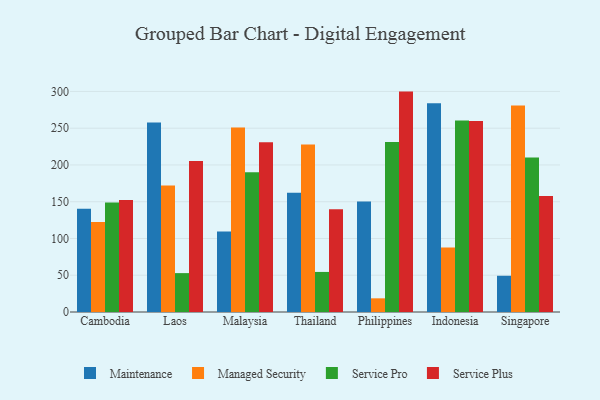
{"axis": {"x": "Country", "y": "Market Share (%)"}, "legend": ["Maintenance", "Managed Security", "Service Plus", "Service Pro"], "data": [{"x": "Cambodia", "y": 140.6, "type": "Maintenance"}, {"x": "Cambodia", "y": 122.4, "type": "Managed Security"}, {"x": "Cambodia", "y": 149.1, "type": "Service Pro"}, {"x": "Cambodia", "y": 152.5, "type": "Service Plus"}, {"x": "Laos", "y": 257.9, "type": "Maintenance"}, {"x": "Laos", "y": 172.1, "type": "Managed Security"}, {"x": "Laos", "y": 52.9, "type": "Service Pro"}, {"x": "Laos", "y": 205.3, "type": "Service Plus"}, {"x": "Malaysia", "y": 109.6, "type": "Maintenance"}, {"x": "Malaysia", "y": 250.9, "type": "Managed Security"}, {"x": "Malaysia", "y": 190.0, "type": "Service Pro"}, {"x": "Malaysia", "y": 230.8, "type": "Service Plus"}, {"x": "Thailand", "y": 162.1, "type": "Maintenance"}, {"x": "Thailand", "y": 227.7, "type": "Managed Security"}, {"x": "Thailand", "y": 54.5, "type": "Service Pro"}, {"x": "Thailand", "y": 139.8, "type": "Service Plus"}, {"x": "Philippines", "y": 150.3, "type": "Maintenance"}, {"x": "Philippines", "y": 18.6, "type": "Managed Security"}, {"x": "Philippines", "y": 231.4, "type": "Service Pro"}, {"x": "Philippines", "y": 299.8, "type": "Service Plus"}, {"x": "Indonesia", "y": 284.1, "type": "Maintenance"}, {"x": "Indonesia", "y": 87.9, "type": "Managed Security"}, {"x": "Indonesia", "y": 260.5, "type": "Service Pro"}, {"x": "Indonesia", "y": 259.8, "type": "Service Plus"}, {"x": "Singapore", "y": 49.3, "type": "Maintenance"}, {"x": "Singapore", "y": 280.9, "type": "Managed Security"}, {"x": "Singapore", "y": 210.2, "type": "Service Pro"}, {"x": "Singapore", "y": 157.8, "type": "Service Plus"}]}